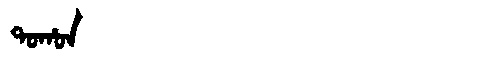
Manchu: ᡨᠣᡥᠣᠨ
Romanization: TOHON